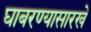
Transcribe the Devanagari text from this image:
घाबरण्यासारखे